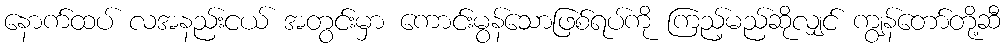
နောက်ထပ် လအနည်းငယ် အတွင်းမှာ ကောင်းမွန်သောဖြစ်ရပ်ကို ကြည့်မည်ဆိုလျှင် ကျွန်တော်တို့ဆီ